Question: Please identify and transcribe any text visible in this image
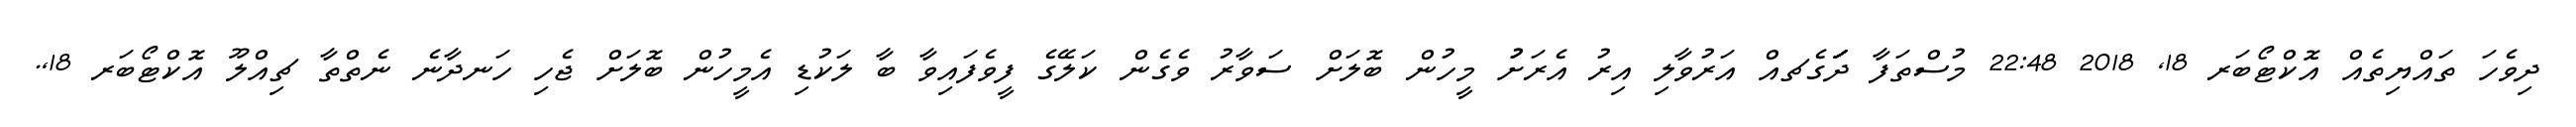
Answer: ދިވެހަ ތައްޔިތެއް އޮކްޓޯބަރ 18, 2018 22:48 މުސްތަފާ ދަަަަަަަގެޗއް އަރުވާލި އިރު އެރަށުު މީހުން ބޮލަށް ސަވާރު ވެގެން ކަލޭގެ ފީވެފައިވާ ބާ ލަކުޑި އެމީހުން ބޮލަށް ޖެހި ހަނދާނެ ނެތްތާ ޗިއްލޫ އޮކްޓޯބަރ 18,.